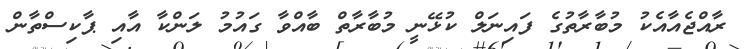
ރާއްޖެއާއެކު މުބާރާތުގެ ފައިނަލް ކުޅޭނީ މުބާރާތް ބާއްވާ ގައުމު ލަންކާ އާއި ޕާކިސްތާން